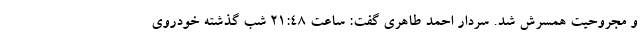
و مجروحیت همسرش شد. سردار احمد طاهری گفت: ساعت 21:48 شب گذشته خودروی